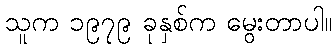
သူက ၁၉၇၉ ခုနှစ်က မွေးတာပါ။